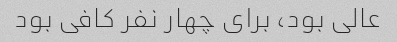
عالی بود، برای چهار نفر کافی بود